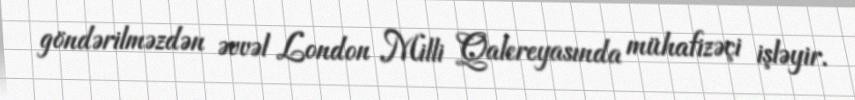
göndərilməzdən əvvəl London Milli Qalereyasında mühafizəçi işləyir.